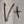
Text: V+